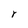
Character: r